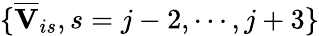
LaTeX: \{ \overline{{\mathbf{V}}}_{is},s=j-2,\cdots,j+3\}